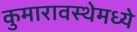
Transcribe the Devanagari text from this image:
कुमारावस्थेमध्ये